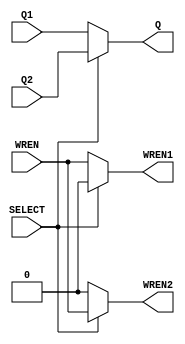
module mem_selector(
    input WREN,
    output [15:0]Q,

    output WREN1,
    input [15:0]Q1,

    output WREN2,
    input [15:0]Q2,

    input SELECT
);

assign Q = SELECT ? Q2 : Q1;
assign WREN1 = SELECT ? 1'b0 : WREN;
assign WREN2 = SELECT ? WREN : 1'b0;

endmodule